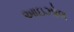
આઇઝોલ